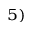
^ { 5 ) }